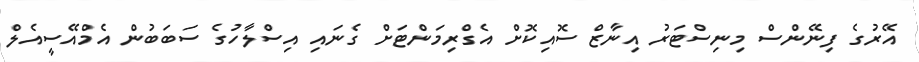
އޭރުގެ ފިނޭންސް މިނިސްޓަރު އިނާޒް ސޮއިކޮށް އެގްރިމަންޓަށް ގެނައި އިސްލާހުގެ ސަބަބުން އެމްއޭސީއެލް